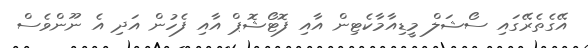
އޭގެތެރޭގައި ސޯޝަލް މީޑިއާމާކެޓިން އާއި ފޮޓޯޝޮޕް އާއި ފެހުން އަދި އެ ނޫންވެސް